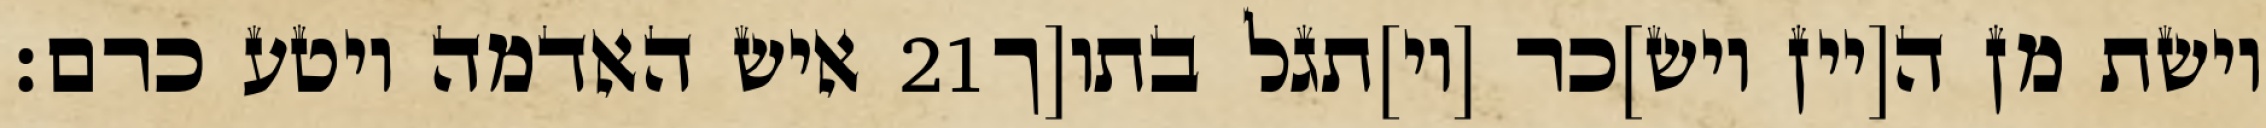
איש האדמה ויטע כרם׃ ‎21‏ וישת מן ה[יין ויש]כר [וי]תגל בתו[ך